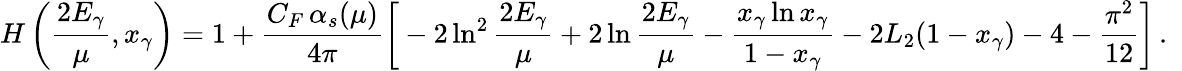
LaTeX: H\left(\frac{2E_{\gamma}}{\mu},x_{\gamma}\right)=1+\frac{C_{F}\, \alpha_{s}(\mu)}{4\pi}\bigg[-2\ln^{2}\frac{2E_{\gamma}}{\mu}+2\ln\frac{2E_{\gamma}}{\mu}-\frac{x_{\gamma}\ln x_{\gamma}}{1-x_{\gamma}}-2L_{2}(1-x_{\gamma})-4-\frac{\pi^{2}}{12}\bigg]\, .\phantom{\Bigg|}